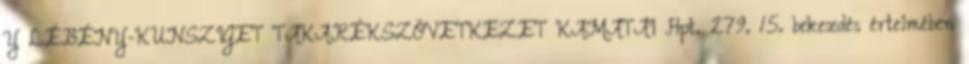
Y LÉBÉNY-KUNSZIGET TAKARÉKSZÖVETKEZET KAMATAI Hpt. 279. 15. bekezdés értelmében